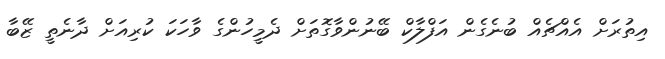
އިތުރަށް އެއްޗެއް ބުނެގެން އަފްލާކް ބޭނުންވާގޮތަށް ދެމީހުންގެ ވާހަކަ ކުރިއަށް ދާނެތީ ޒޭބާ